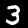
Digit: 3